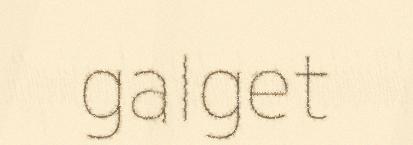
galget